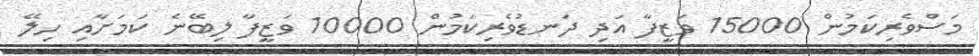
މަސްވެރިކަމުން 15000 ވަޒީފާ އަދި ދަނޑުވެރިކަމުން 10000 ވަޒީފާ ލިބޭނެ ކަމަށާއި ހިލޭ